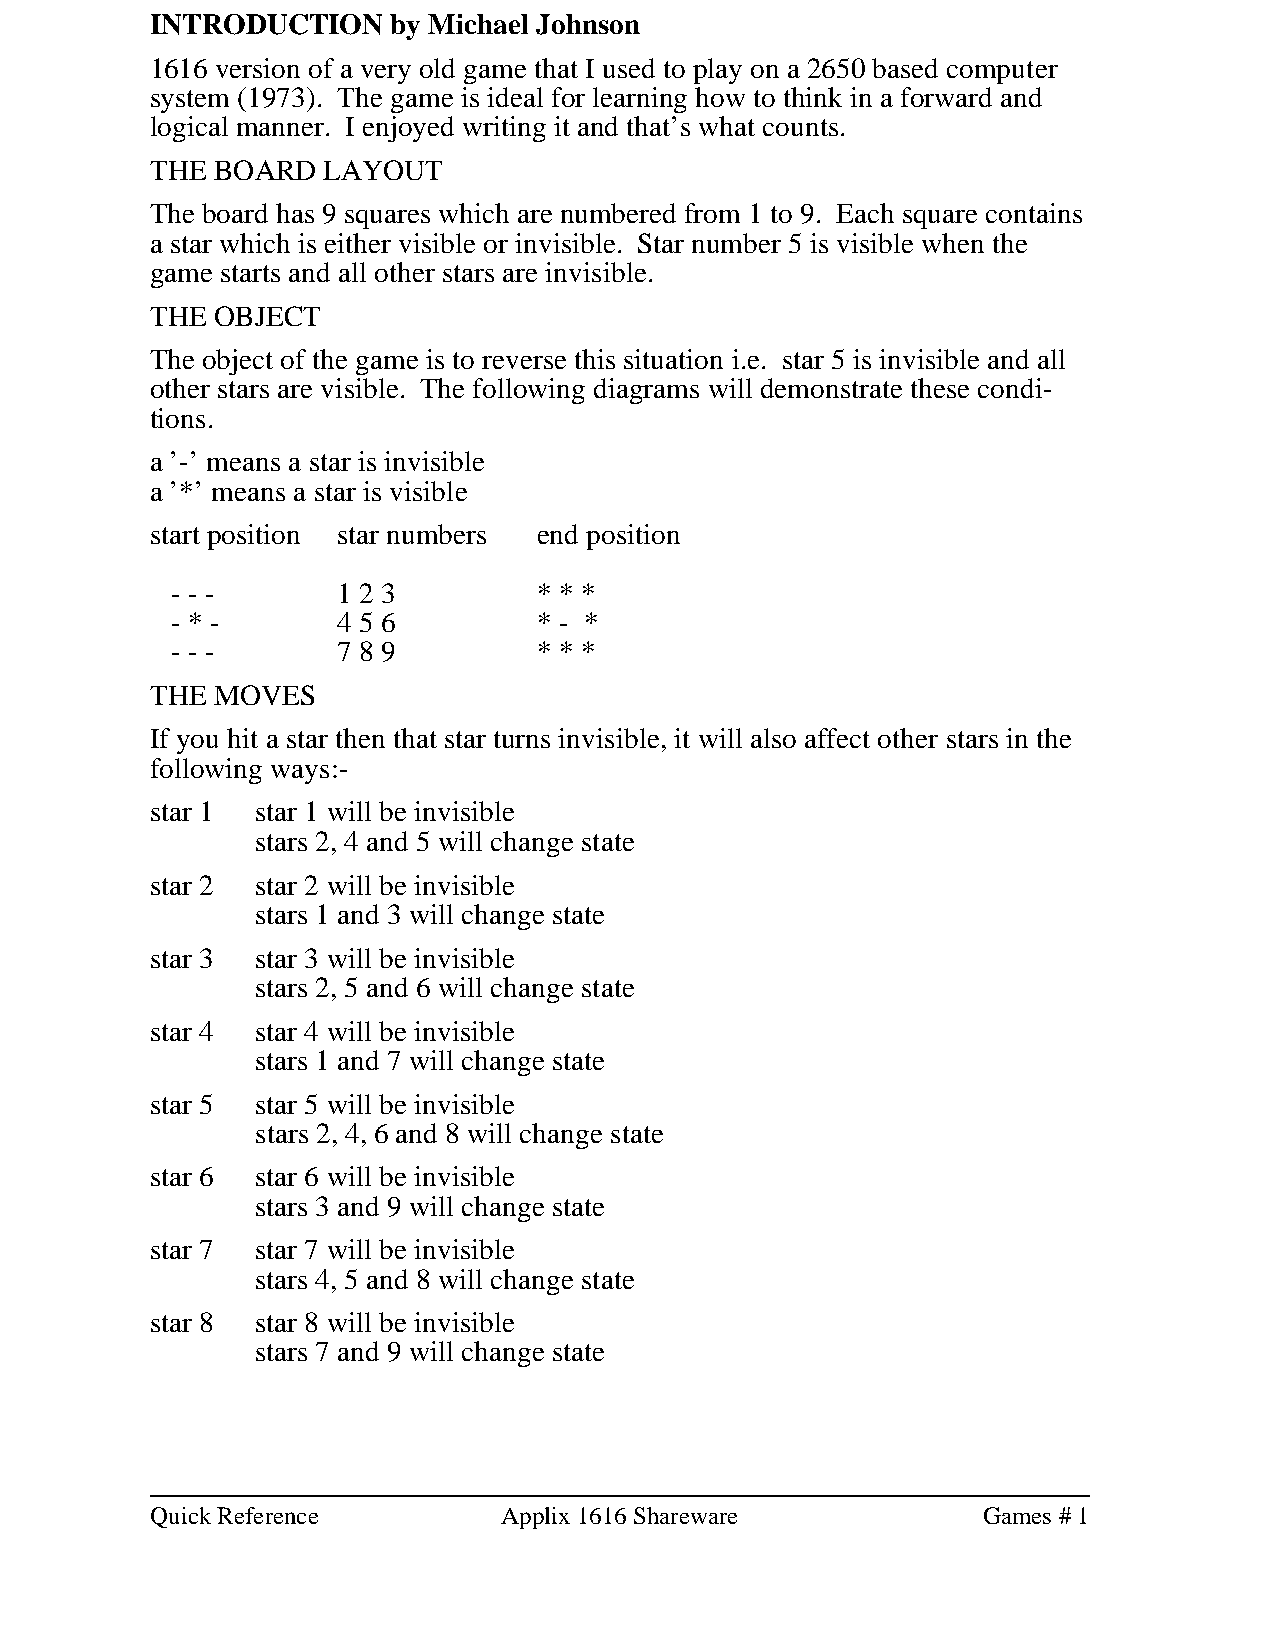
INTRODUCTION    by Michael Johnson
 1616 version of a very old game that I used to play on a 2650 based computer
 system (1973). The game is ideal for learning how to think in a forward and
 logical manner. I enjoyed writing it and that’s what counts.
 THE BOARD  LAYOUT
 The board has 9 squares which are numbered from 1 to 9. Each square contains
 a star which is either visible or invisible. Star number 5 is visible when the
 game starts and all other stars are invisible.
 THE OBJECT
 The object of the game is to reverse this situation i.e. star 5 is invisible and all
 other stars are visible. The following diagrams will demonstrate these condi-
 tions.
 a ’-’ means a star is invisible
 a ’*’ means a star is visible
 start position star numbers end position
 - - -      1 2 3         * * *
 - * -      4 5 6         * - *
 - - -      7 8 9         * * *
 THE MOVES
 If you hit a star then that star turns invisible, it will also affect other stars in the
 following ways:-
 star 1 star 1 will be invisible
 stars 2, 4 and 5 will change state
 star 2 star 2 will be invisible
 stars 1 and 3 will change state
 star 3 star 3 will be invisible
 stars 2, 5 and 6 will change state
 star 4 star 4 will be invisible
 stars 1 and 7 will change state
 star 5 star 5 will be invisible
 stars 2, 4, 6 and 8 will change state
 star 6 star 6 will be invisible
 stars 3 and 9 will change state
 star 7 star 7 will be invisible
 stars 4, 5 and 8 will change state
 star 8 star 8 will be invisible
 stars 7 and 9 will change state
 Quick Reference        Applix 1616 Shareware           Games # 1